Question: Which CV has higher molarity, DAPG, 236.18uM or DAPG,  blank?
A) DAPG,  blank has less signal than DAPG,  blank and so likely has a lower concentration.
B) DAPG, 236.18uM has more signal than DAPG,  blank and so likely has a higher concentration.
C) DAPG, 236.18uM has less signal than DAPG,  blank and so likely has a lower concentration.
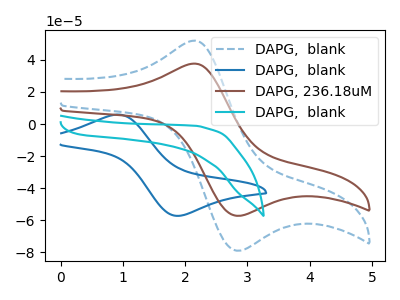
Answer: <think>The blue dashed curve "DAPG,  blank" has an anodic peak at (2.10V, 51.85uA) and a cathodic peak at (2.80V, -78.80uA). The blue curve "DAPG,  blank" has an anodic peak at (0.90V, 5.90uA) and a cathodic peak at (1.90V, -57.20uA). The brown curve "DAPG, 236.18uM" has an anodic peak at (2.10V, 37.55uA) and a cathodic peak at (2.80V, -57.10uA). The cyan curve "DAPG,  blank" has no peaks.
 All the peaks in "DAPG, 236.18uM" have a peak in "DAPG,  blank" at the same potential. Every peak in "DAPG, 236.18uM" is lower than every peak in "DAPG,  blank".</think>
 <answer>C) "DAPG, 236.18uM" has less signal than "DAPG,  blank" and so likely has a lower concentration.</answer>
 <eval>C</eval>